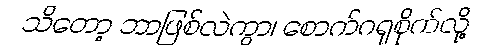
သိတော့ ဘာဖြစ်လဲကွာ၊ စောက်ဂရုစိုက်လို့